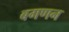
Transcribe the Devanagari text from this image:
बगणन